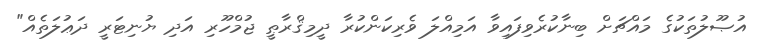
އުޞޫލުތަކުގެ މައްޗަށް ބިނާކުރެވިފައިވާ އަމިއްލަ ވެރިކަންކުރާ ދީމިޤްރާޠީ ޖުމްހޫރި އަދި ޔުނިޓަރީ ދަޢުލަތެއް"